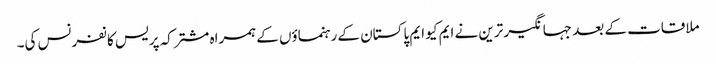
ملاقات کے بعد جہانگیر ترین نے ایم کیو ایم پاکستان کے رہنماؤں کے ہمراہ مشترکہ پریس کانفرنس کی۔